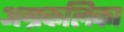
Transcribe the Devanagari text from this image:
अग्रकलिका